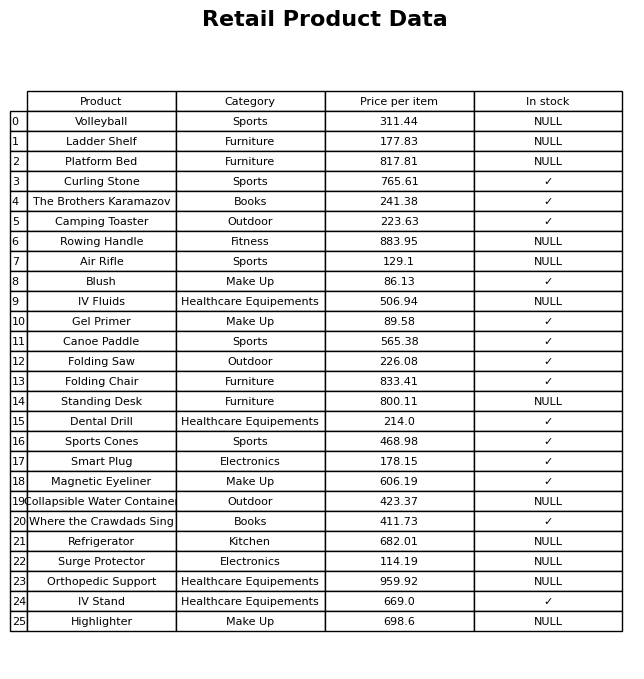
question: What category does the Blush belong to?
answer: Make Up